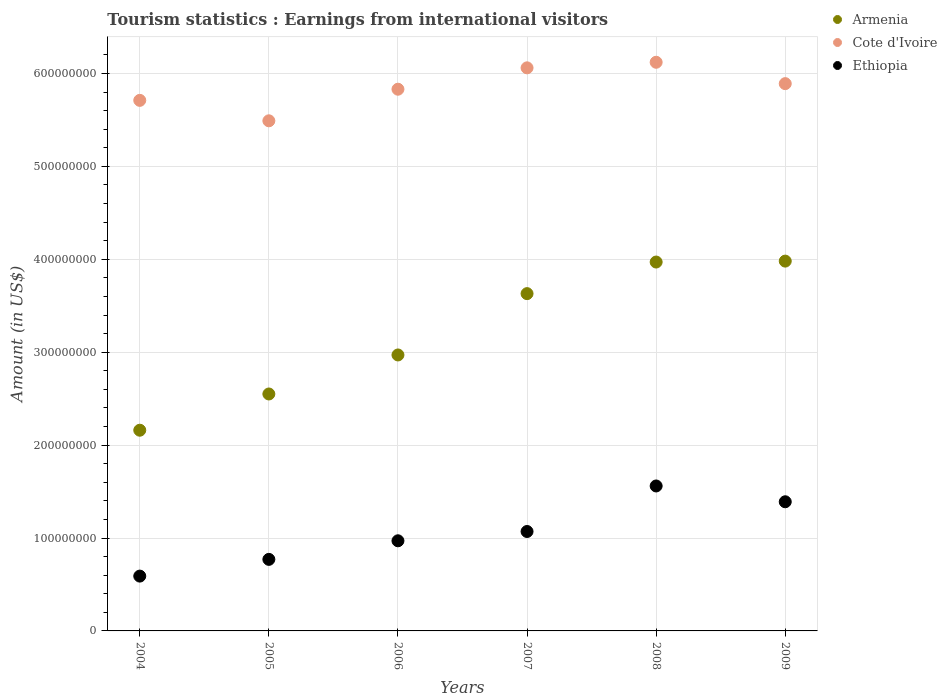
| Years | Armenia | Cote d'Ivoire | Ethiopia |
 | --- | --- | --- | --- |
 | 2004 | 2.16e+08 | 5.71e+08 | 5.9e+07 |
 | 2005 | 2.55e+08 | 5.49e+08 | 7.7e+07 |
 | 2006 | 2.97e+08 | 5.83e+08 | 9.7e+07 |
 | 2007 | 3.63e+08 | 6.06e+08 | 1.07e+08 |
 | 2008 | 3.97e+08 | 6.12e+08 | 1.56e+08 |
 | 2009 | 3.98e+08 | 5.89e+08 | 1.39e+08 |